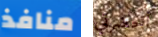
منافذ أحضرتي